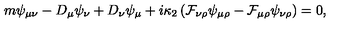
m \psi _ { \mu \nu } - D _ { \mu } \psi _ { \nu } + D _ { \nu } \psi _ { \mu } + i \kappa _ { 2 } \left( \mathcal { F } _ { \nu \rho } \psi _ { \mu \rho } - \mathcal { F } _ { \mu \rho } \psi _ { \nu \rho } \right) = 0 ,